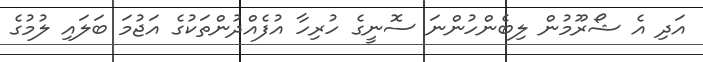
އަދި އެ ޝޯރޫމުން ލިބެންހުންނަ ސޮނީގެ ހުރިހާ އުފެއްދުންތަކުގެ އަޖުމަ ބަލައި ލުމުގެ